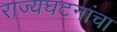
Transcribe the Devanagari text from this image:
राज्यघटनांचा